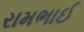
રામભાઈ